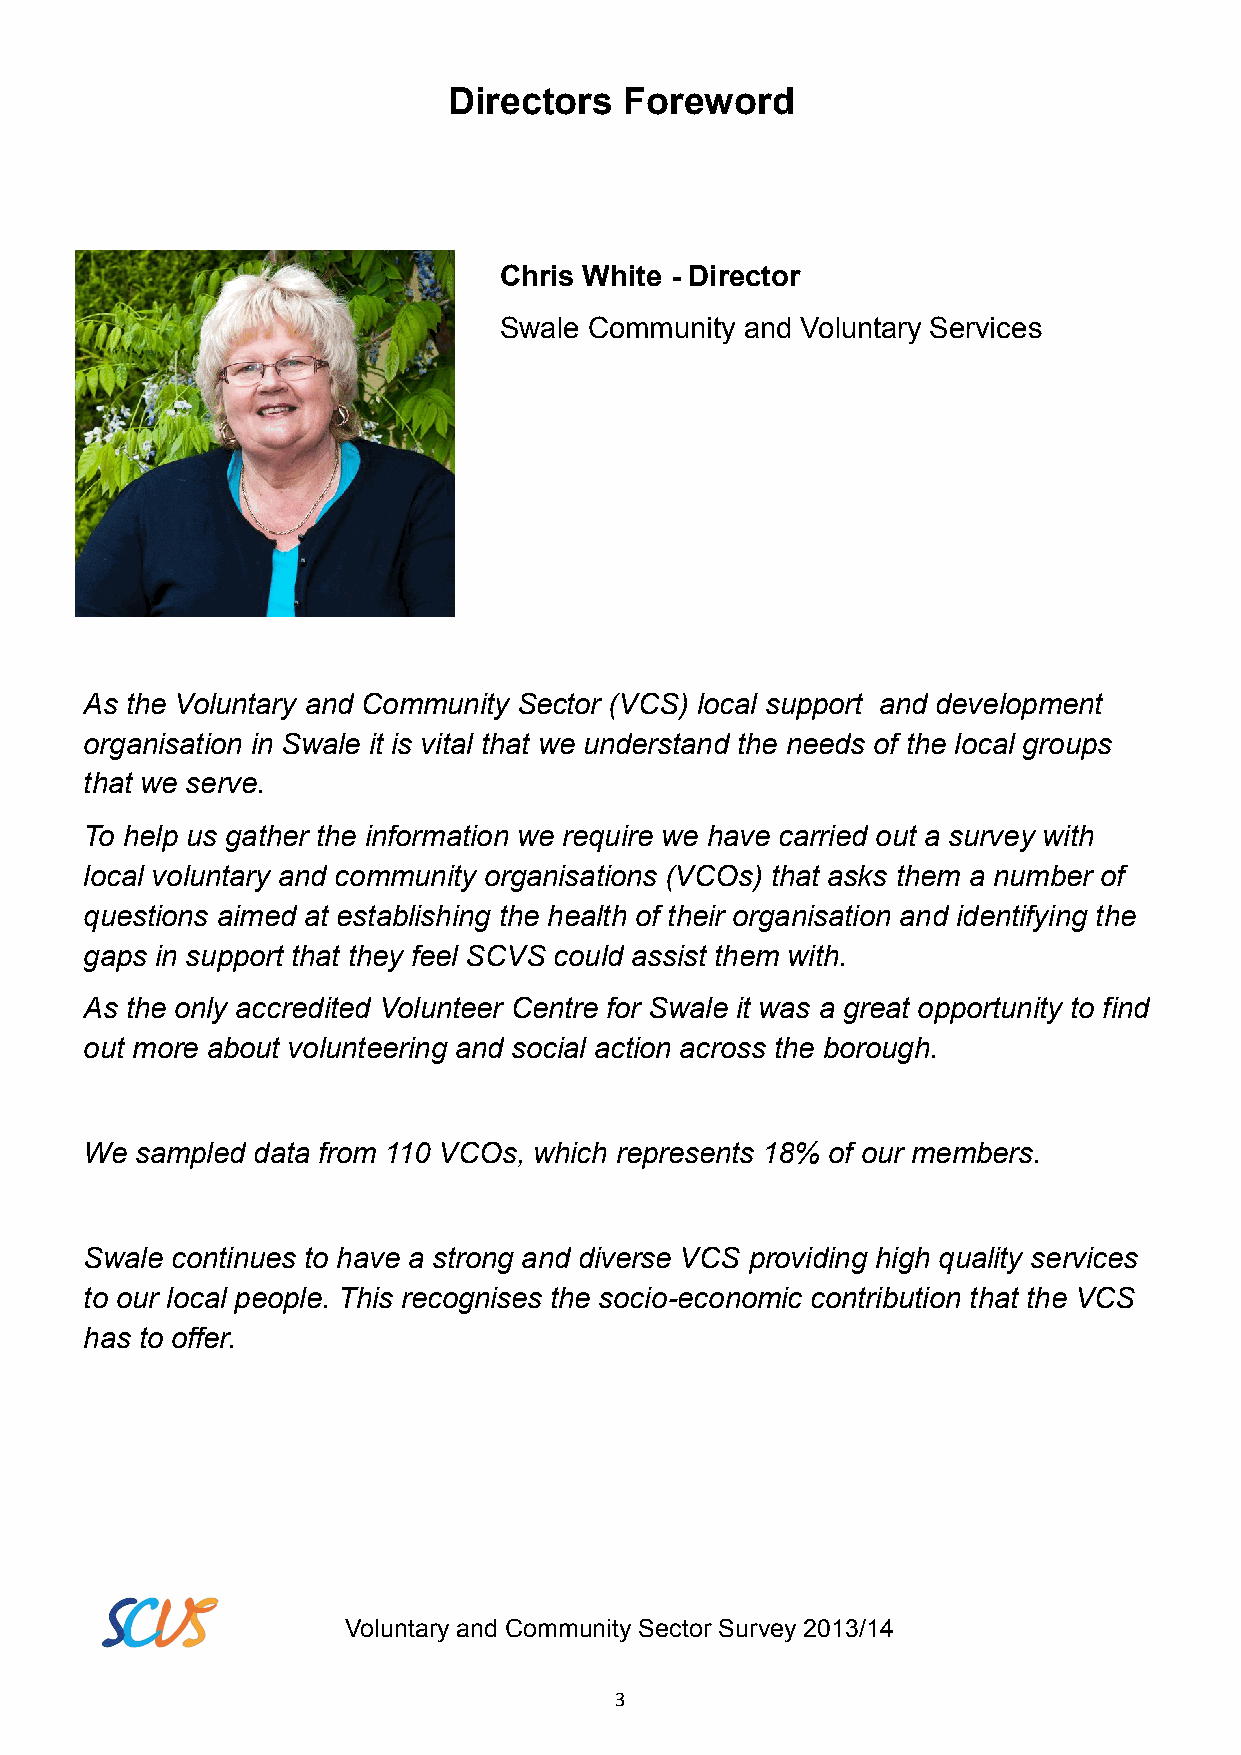
Directors  Foreword
 Chris White - Director
 Swale Community and Voluntary Services
 As the Voluntary and Community Sector (VCS) local support and development
 organisation in Swale it is vital that we understand the needs of the local groups
 that we serve.
 To help us gather the information we require we have carried out a survey with
 local voluntary and community organisations (VCOs) that asks them a number of
 questions aimed at establishing the health of their organisation and identifying the
 gaps in support that they feel SCVS could assist them with.
 As the only accredited Volunteer Centre for Swale it was a great opportunity to find
 out more about volunteering and social action across the borough.
 We sampled data from 110 VCOs, which represents 18% of our members.
 Swale continues to have a strong and diverse VCS providing high quality services
 to our local people. This recognises the socio-economic contribution that the VCS
 has to offer.
 Voluntary and Community Sector Survey 2013/14
 3